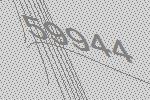
59944